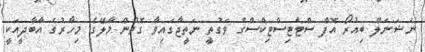
ނެޝަނަލް ބިއުރޯ އޮފް ސްޓެޓިސްޓިކްސްގެ ވަގުތީ ނަތީޖާގައިވާ ގޮތުން މާލޭގެ މިހާރުގެ އާބާދީއަކީ